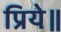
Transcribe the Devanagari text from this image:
प्रिये॥